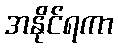
အနိုင်ရကာ